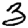
Digit: 3